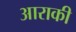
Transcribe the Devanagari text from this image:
आराकी